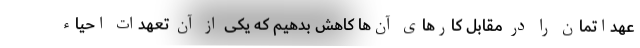
عهداتمان را در مقابل کارهای آن‌ها کاهش بدهیم که یکی از آن تعهدات احیاء